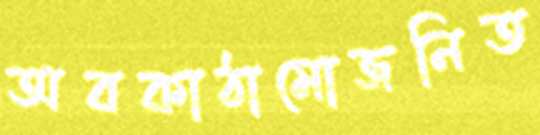
অবকাঠামোজনিত